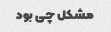
مشکل چی بود